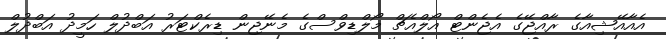
އެއާއޭޝިއާގެ ރާއްޖޭގެ އެޖެންޓް އޯލްއެޗް މޯލްޑިވްސްގެ މެނޭޖިން ޑިރެކްޓަރު އަބްދުލް ހަމީދު އަބްދުލް